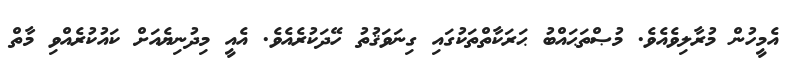
އެމީހުން މުރާލިވެއެވެ. މުޞްތަޙައްބު ޙަރަކާތްތަކުގައި ގިނަވަޤުތު ހޭދަކުރެއެވެ. އެއީ މިދުނިޔެއަށް ކައުކުރެއްވި މާތް